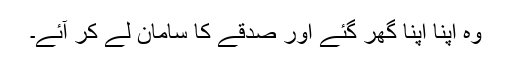
وہ اپنا اپنا گھر گئے اور صدقے کا سامان لے کر آئے۔